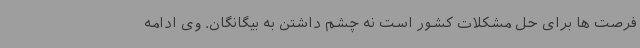
فرصت ها برای حل مشکلات کشور است نه چشم داشتن به بیگانگان. وی ادامه